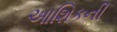
આશિકની